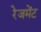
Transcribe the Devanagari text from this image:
रेजमेंट